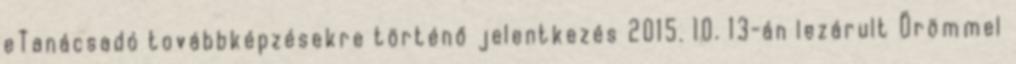
eTanácsadó továbbképzésekre történő jelentkezés 2015. 10. 13-án lezárult Örömmel